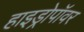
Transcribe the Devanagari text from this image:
हाइड्रोपॉवर